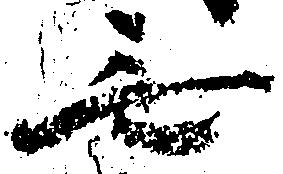
無